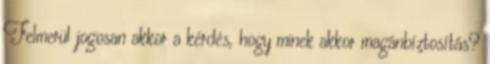
Felmerül jogosan akkor a kérdés, hogy minek akkor magánbíztosítás?